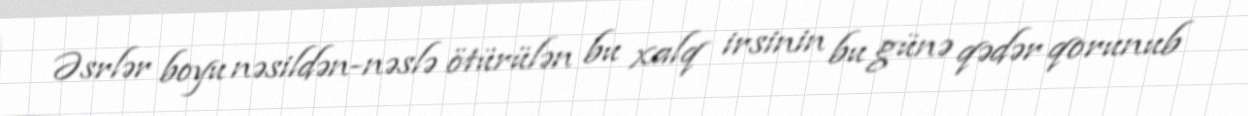
Əsrlər boyu nəsildən-nəslə ötürülən bu xalq irsinin bu günə qədər qorunub